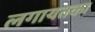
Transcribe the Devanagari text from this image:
लगायतका